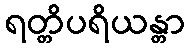
ရတ္တိပရိယန္တာ